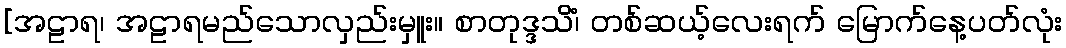
[အဠာရ၊ အဠာရမည်သောလှည်းမှူး။ စာတုဒ္ဒသိံ၊ တစ်ဆယ့်လေးရက် မြောက်နေ့ပတ်လုံး